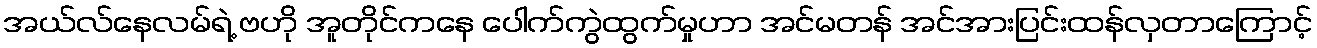
အယ်လ်နေလမ်ရဲ့ ဗဟို အူတိုင်ကနေ ပေါက်ကွဲထွက်မှုဟာ အင်မတန် အင်အားပြင်းထန်လှတာကြောင့်